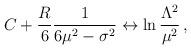
LaTeX: \begin{align*}C+\frac{R}{6}\frac{1}{6\mu^{2}-\sigma^{2}} \leftrightarrow \ln \frac{\Lambda^{2}}{\mu^{2}}\, ,\end{align*}